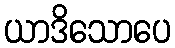
ယာဒိသောပေ